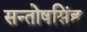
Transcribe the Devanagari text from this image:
सन्तोषसिंह